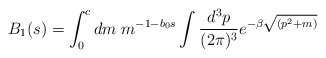
\begin{align*} B_1(s)=\int_{0}^{c}dm\;m^{-1-b_0 s}\int\frac{d^{3}p}{(2\pi)^{3}}e^{-\beta\sqrt{(p^{2}+m)}}\end{align*}